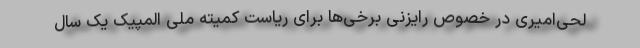
لحی‌امیری در خصوص رایزنی برخی‌ها برای ریاست کمیته ملی المپیک یک سال